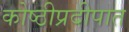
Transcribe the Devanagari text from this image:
कोष्ठीप्रदीपात